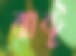
ঝান্টু